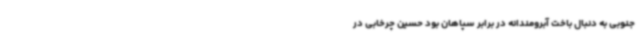
جنوبی به دنبال باخت آبرومندانه در برابر سپاهان بود حسین چرخابی در